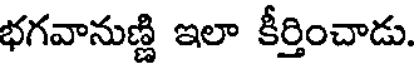
భగవానుణ్ణి ఇలా కీర్తించాడు.